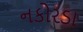
નકોરડા